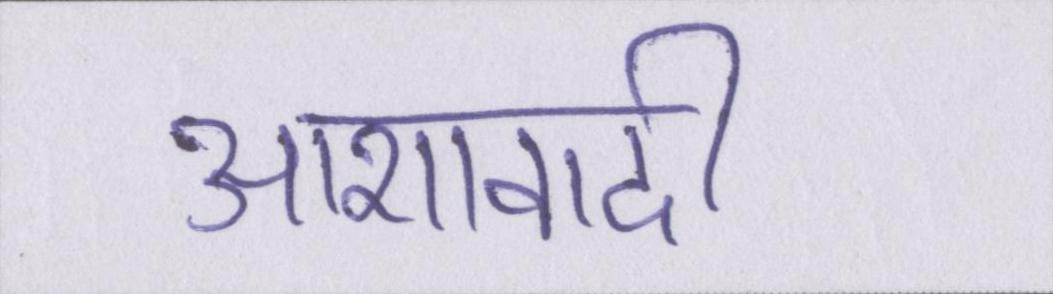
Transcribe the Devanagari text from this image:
आशावादी